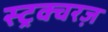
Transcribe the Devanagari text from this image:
स्ट्रक्चरज़